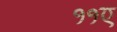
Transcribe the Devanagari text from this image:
११ए